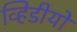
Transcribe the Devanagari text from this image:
व्हिडीयो